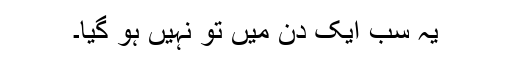
یہ سب ایک دن میں تو نہیں ہو گیا۔